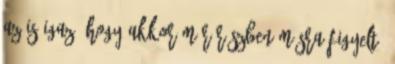
az is igaz, hogy akkor már részben másra figyelt.